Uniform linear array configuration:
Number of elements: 12
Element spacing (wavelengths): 0.5
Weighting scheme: hamming
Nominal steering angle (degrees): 0
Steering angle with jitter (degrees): -1.007
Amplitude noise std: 0.05
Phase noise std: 0.05

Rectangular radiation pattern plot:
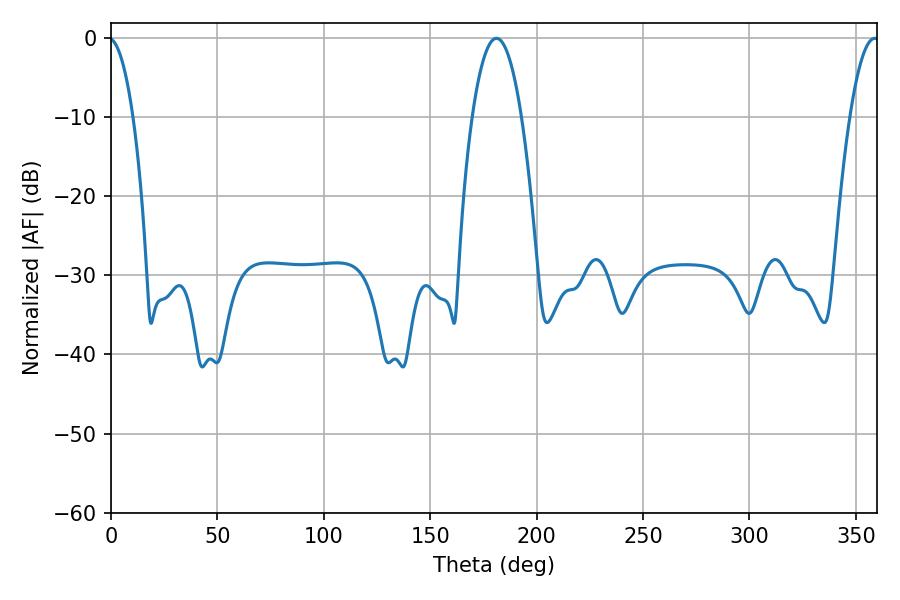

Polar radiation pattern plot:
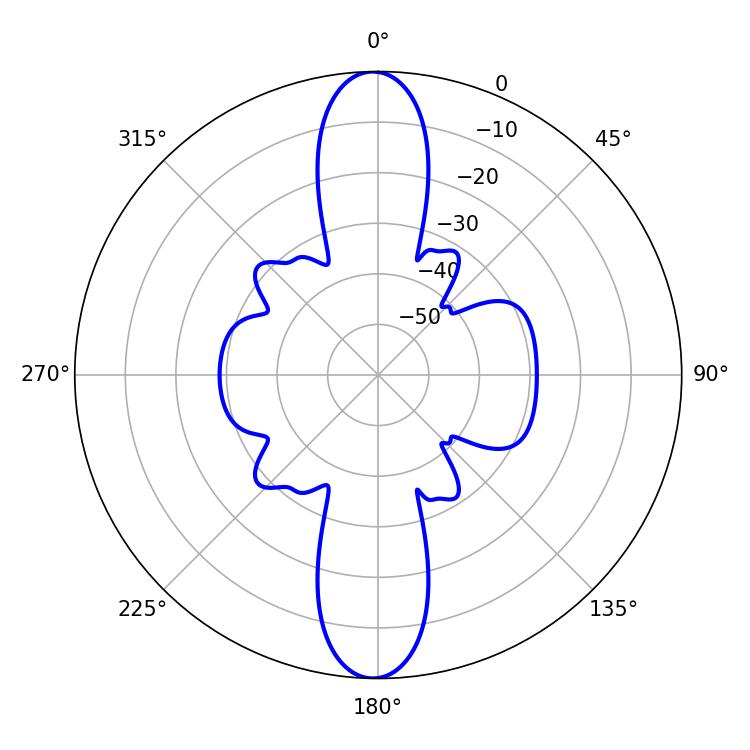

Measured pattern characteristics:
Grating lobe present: FALSE
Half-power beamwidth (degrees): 12.78
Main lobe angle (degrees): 181.08